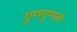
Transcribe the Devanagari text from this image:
गुणगुणले।